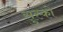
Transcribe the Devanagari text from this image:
सुस्को